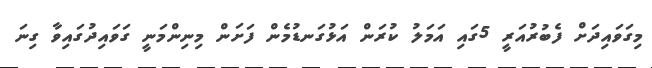
މިގަވައިދަށް ފެބުރުއަރީ 5ގައި އަމަލު ކުރަން އަޅުގަނޑުމެން ފަށަން މިނިންމަނީ ގަވައިދުގައިވާ ގިނަ